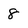
Character: 8